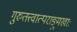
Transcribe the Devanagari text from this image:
गुरुतत्त्वात्पराङ्मुखाः